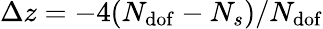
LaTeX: \Delta z=-4(N_{\mathrm{dof}}-N_{s})/N_{\mathrm{dof}}